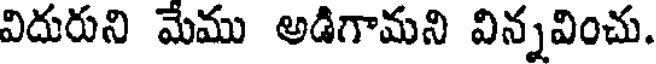
విదురుని మేము అడిగామని విన్నవించు.